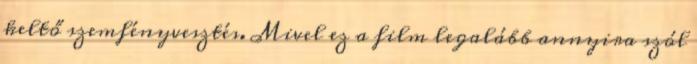
keltő szemfényvesztés. Mivel ez a film legalább annyira szól